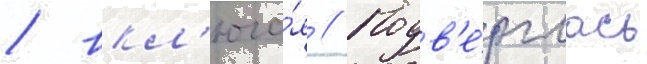
/ вкл'юча́я // Подв'е́рглась